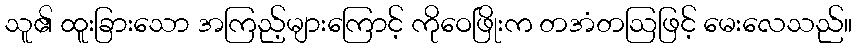
သူ၏ ထူးခြားသော အကြည့်များကြောင့် ကိုဝေဖြိုးက တအံတဩဖြင့် မေးလေသည်။